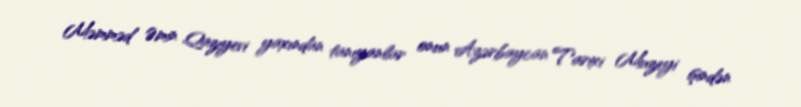
Məmməd Əmin Qazıyevi yaxından tanıyanlar onun Azərbaycan Tarixi Muzeyi işindən